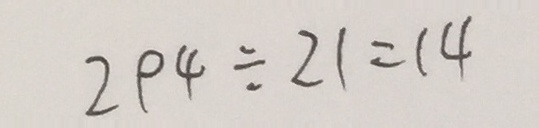
2 9 4 \div 2 1 = 1 4